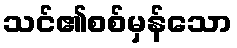
သင်၏စစ်မှန်သော